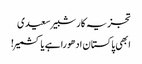
تجزیہ کار شبیر سعیدی
ابھی پاکستان ادھورا ہے یا کشمیر!